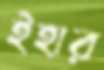
ইহার